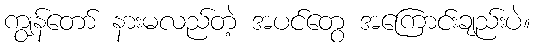
ကျွန်တော် နားမလည်တဲ့ အပင်တွေ အကြောင်းချည်းပဲ။